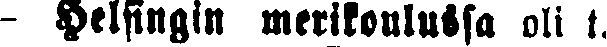
- Helsingin merikoulussa oli t.